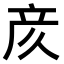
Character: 𫝸